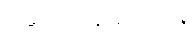
ဆောင်နေကြောင်း